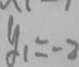
y = - 2